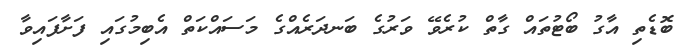
ބޮޑެތި އާގު ބޯޓުތައް ގާތް ކުރެވޭ ވަރުގެ ބަނދަރެއްގެ މަސައްކަތް އެބިމުގައި ފަށާފައިވާ